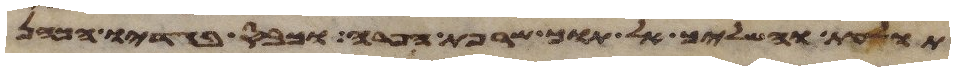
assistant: תולעת והשליך אל תוך שרפת הפרה וכבס בגדיו הכהן